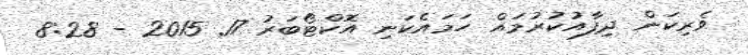
ވެރިކަން ދިފާއުކުރުމައް ހަމައެކަނި އޮކްޓޯބަރު 17